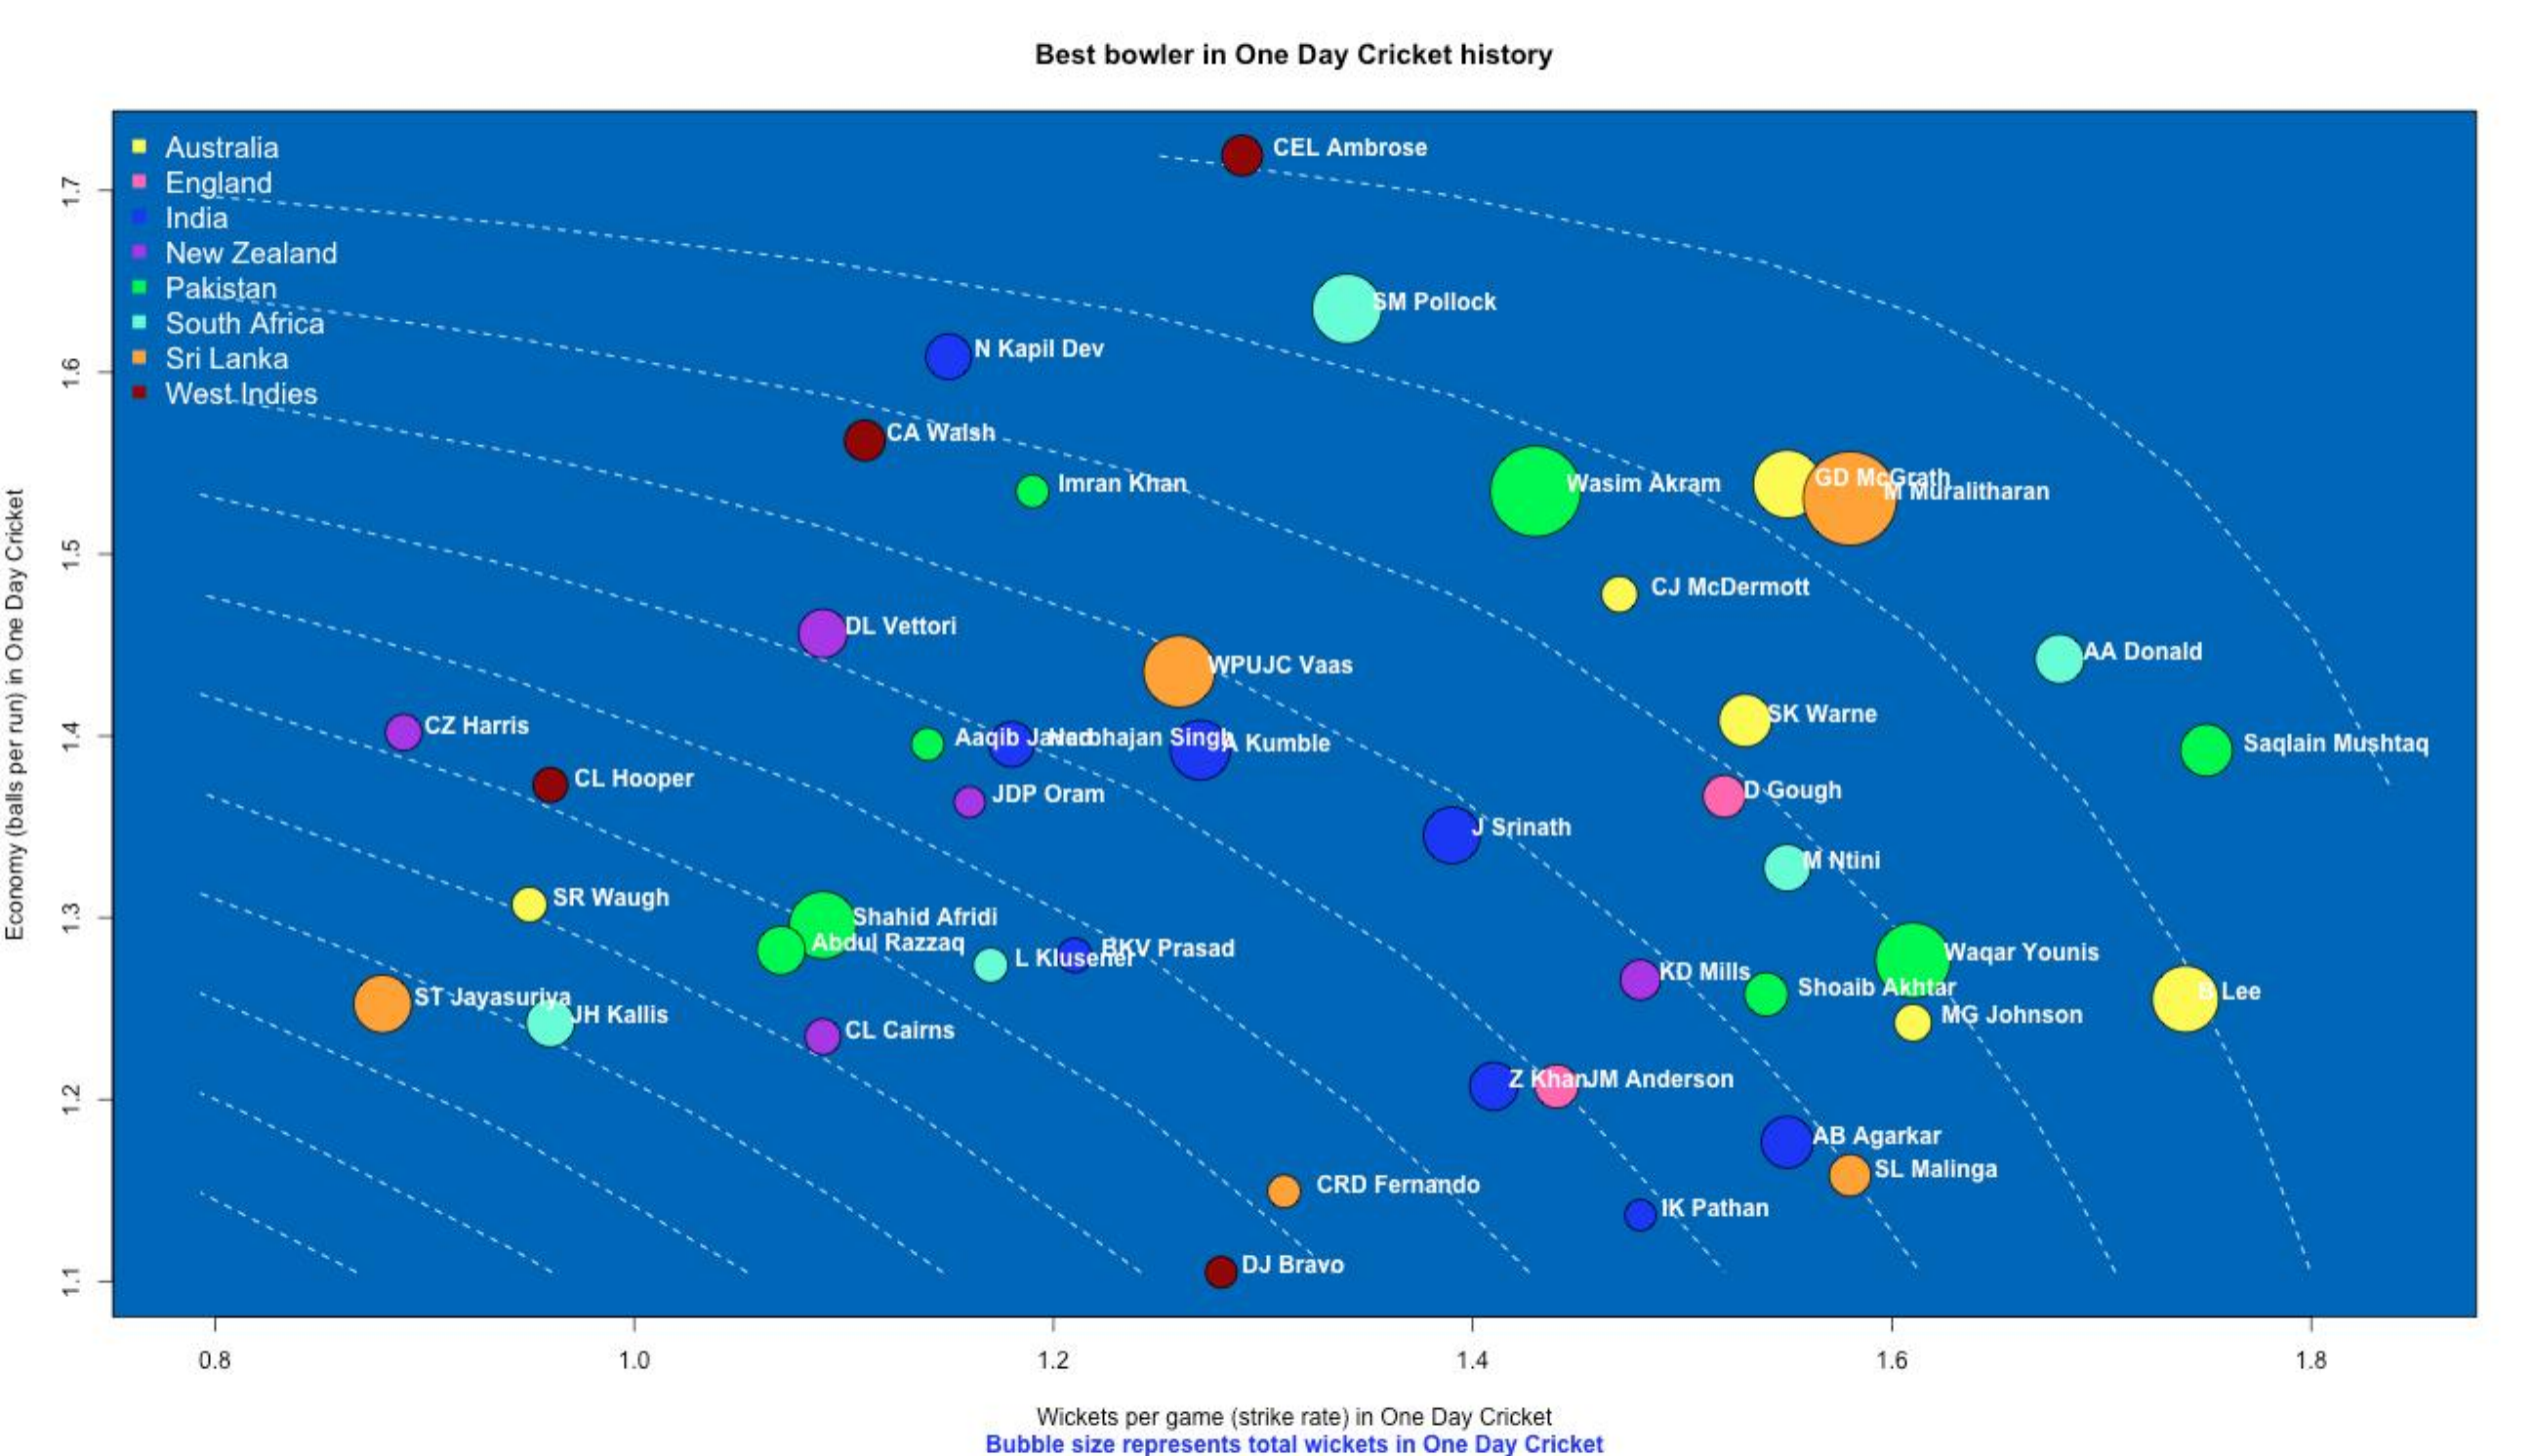
Best bowler in One  Day Cricket history
     Australia    CEL Ambrose
     England
     India
     New  Zealand
     Pakistan
     South Africa
     SM Pollock
     Sri Lanka    N Kapil Dev
     West  Indies
     1.6
     CA Walsh
     Imran Khan    Wasim Akram    GD MCGRAthPalitharan
     1.5
     CJ McDermott
     DL Vettori
     WPUJC  Vaas    AA Donald
     CZ Harris    Aaqib Jaharbhajan Singla Kumble
     SK Warne
     Saqlain Mushtaq 1.4
     CL Hooper
     JDP Oram    D Gough
     J Srinath
     M Ntini
     SR Waugh
     Shahid Afridi
     Abdul Razzaq    Waqar Younis
     1.3
     L KluseRéfV Prasad
  Economy
  (balls
  per
  run)
  in
  One
  Day
  Cricket
     KD Mills
     ST JayasuriyaJH Kallis
     Shoaib Akhtar    Lee
     CL Cairns
     MG Johnson
     Z ChanJM Anderson
     AB Agarkar
     CRD Fernando
     SL Malinga
     IK Pathan
     DJ Bravo
     0.8    1.0    1.2    1.4    1.6    1.8
     Wickets per game (strike rate) in One Day Cricket
     Bubble size represents total wickets in One Day Cricket